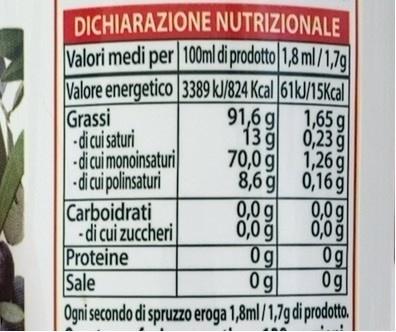
DICHIARAZIONE NUTRIZIONALE Valori medi per 100ml di prodotto| 1,8 ml/1,7g Valore energetico 3389 kJ824 Kcal 61kJ/15Kcal 91,6 g 1,65 g 13 g 0,23 70,0 g 1,26g 8,6 g 0,16ğ|
Grassi -di cui saturi -di cui monoinsaturi -di cui polinsaturi Carboidrati - di cui zuccheri Proteine Sale
0,0 g
0,0g
0,0 ğ
0,0 ğ
0g
0g
0g
0g
Ogni secondo di spruzzo eroga 1,8ml/1,7g di prodotto.